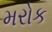
મરોક